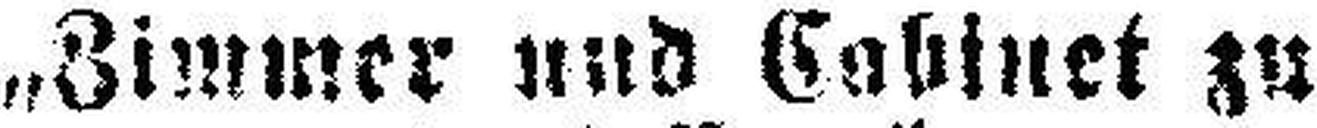
„Zimmer und Cabinet zu